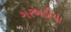
ગરબડીયા